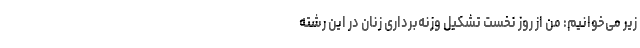
زیر می‌خوانیم: من از روز نخست تشکیل وزنه‌برداری زنان در این رشته